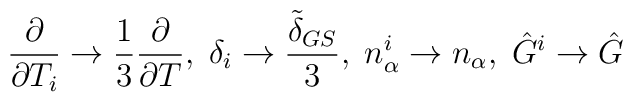
\frac{\partial}{\partial{T_i}}\rightarrow\frac{1}{3}\frac{\partial}{\partial{T}},\;\delta_i\rightarrow\frac{\tilde{\delta}_{GS}}{3},\;n_{\alpha}^i\rightarrow n_{\alpha},\;\hat{G}^i\rightarrow \hat{G}